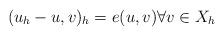
LaTeX: \begin{align*}(u_h-u,v)_h = e(u,v) \forall v \in X_h\end{align*}